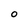
Character: O